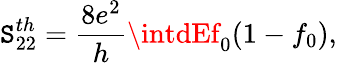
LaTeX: {\mathtt{S}_{22}^{th}=\frac{{8e^{2}}}{{h}}\intdEf_{0}(1-f_{0}),}